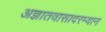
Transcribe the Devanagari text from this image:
अज्ञातवासादरम्यान